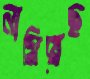
নামিয়েছ